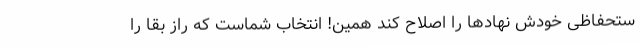
ستحفاظی خودش نهادها را اصلاح کند همین! انتخاب شماست که راز بقا را